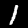
Label: 1